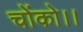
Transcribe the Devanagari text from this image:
चोंको।।